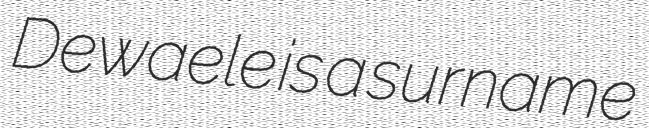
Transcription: Dewaele is a surname